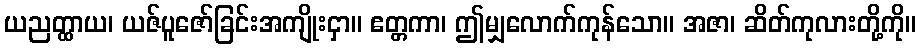
ယညတ္ထာယ၊ ယဇ်ပူဇော်ခြင်းအကျိုးငှာ။ ဧတ္တကာ၊ ဤမျှလောက်ကုန်သော။ အဇာ၊ ဆိတ်ကုလားတို့ကို။